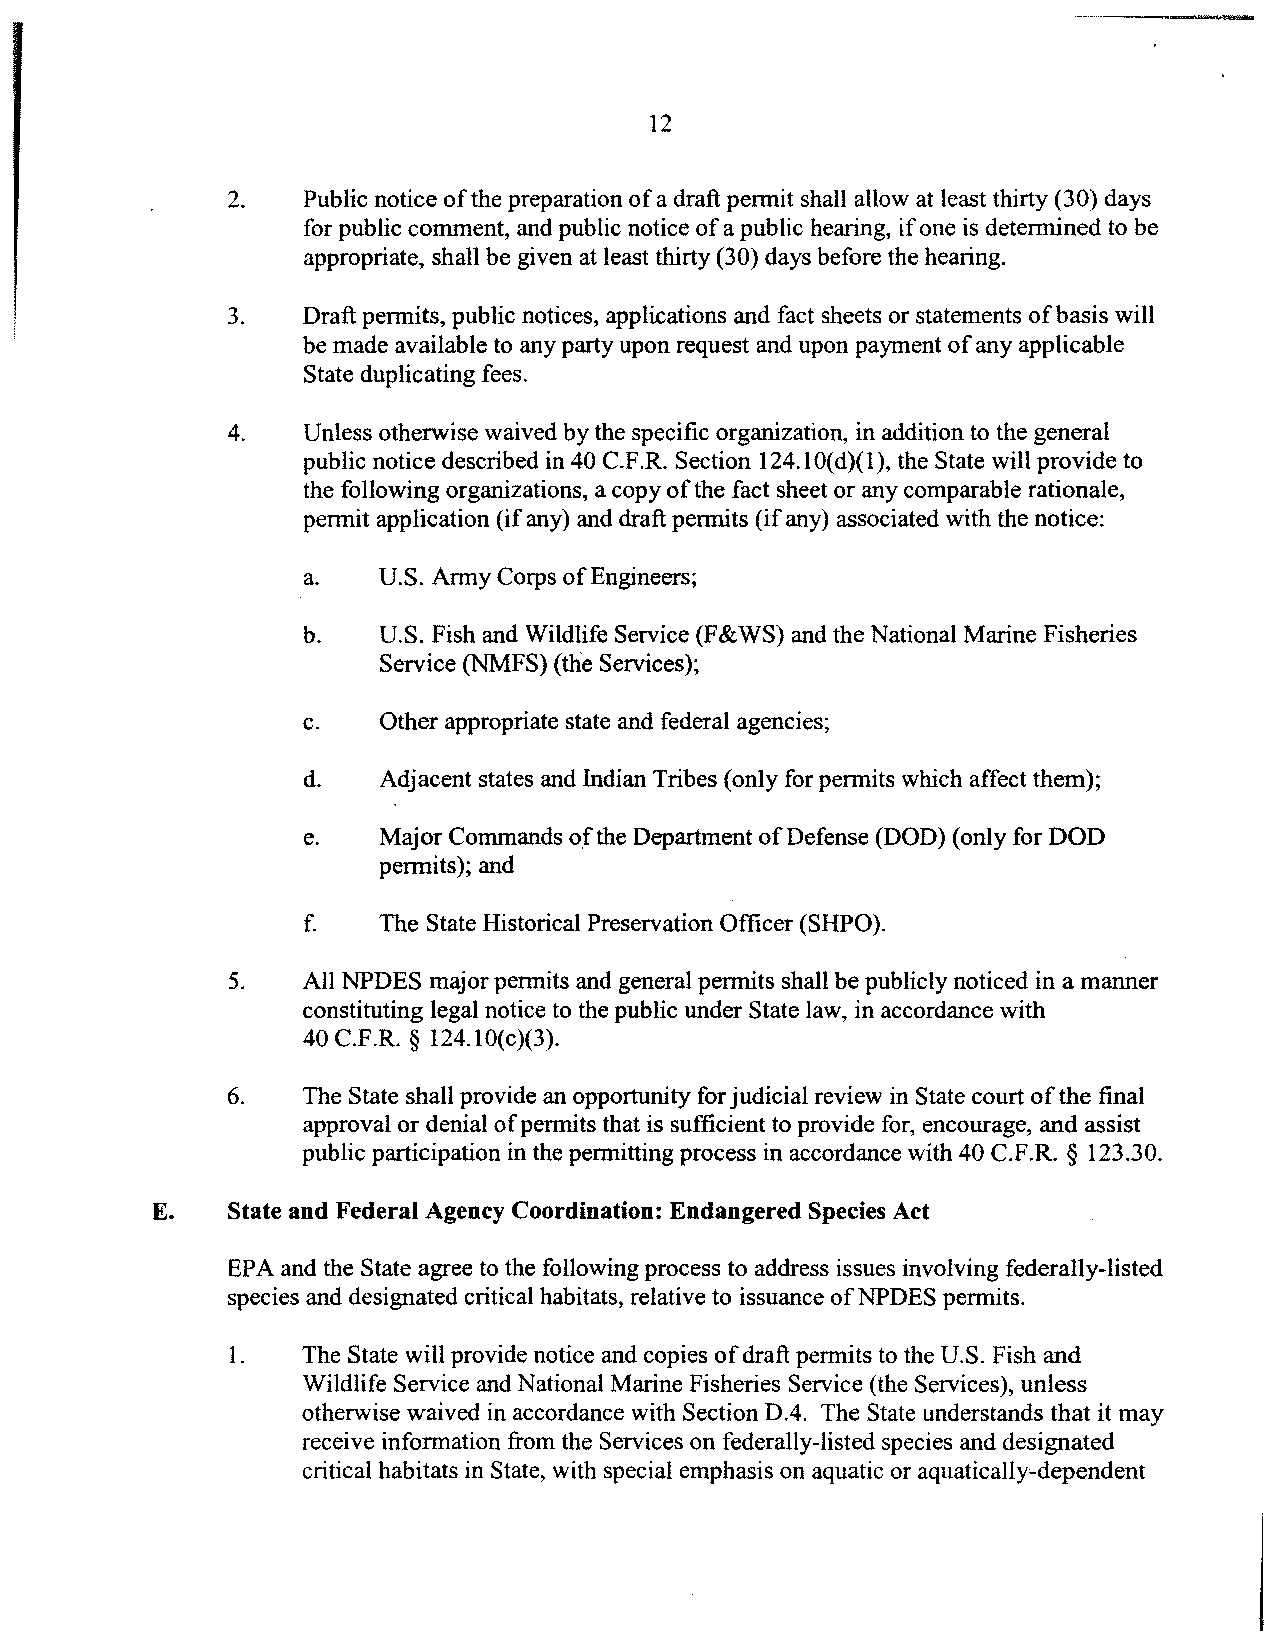
12
 2.   Public notice ofthe preparation of a draft pennit shall allow at least thirty (30) days
 for public comment, and public notice of a public hearing, ifone is determined to be
 appropriate, shall be given at least thirty (30) days before the hearing.
 3.   Draft pennits, public notices, applications and fact sheets or statements ofbasis will
 be made available to any party upon request and upon payment of any applicable
 State duplicating fees.
 4.   Unless otherwise waived by the specific organization, in addition to the general
 public notice described in 40 C.F.R. Section 124.1 O(d)(1), the State will provide to
 the following organizations, a copy of the fact sheet or any comparable rationale,
 pennit application (if any) and draft permits (if any) associated with the notice:
 a.   U.S. Army Corps of Engineers;
 b.   U.S. Fish and Wildlife Service (F&WS) and the National Marine Fisheries
 Service (NMFS) (the Services);
 c.   Other appropriate state and federal agencies;
 d.   Adjacent states and Indian Tribes (only for permits which affect them);
 e.   Major Commands ofthe Department ofDefense (DOD) (only for DOD
 permits); and
 f.   The State Historical Preservation Officer (SHPO).
 5.   All NPDES major pennits and general permits shall be publicly noticed in a manner
 constituting legal notice to the public under State law, in accordance with
 40 C.F.R. § 124.1O(c)(3).
 6.   The State shall provide an opportunity for judicial review in State court of the final
 approval or denial ofpermits that is sufficient to provide for, encourage, and assist
 public participation in the pennitting process in accordance with 40 C.F.R. § 123.30.
 E.   State and Federal Agency Coordination: Endangered Species Act
 EPA and the State agree to the following process to address issues involving federally-listed
 species and designated critical habitats, relative to issuance ofNPDES pennits.
 1.   The State will provide notice and copies of draft pennits to the U.S. Fish and
 Wildlife Service and National Marine Fisheries Service (the Services), unless
 otherwise waived in accordance with Section D.4. The State understands that it may
 receive infonnation from the Services on federally-listed species and designated
 critical habitats in State, with special emphasis on aquatic or aquatically-dependent